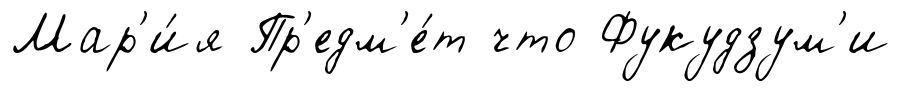
Мар'и́я Пр'едм'е́т что Фукудзум'и